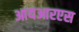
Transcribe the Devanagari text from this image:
आयआरएस